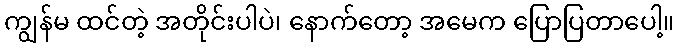
ကျွန်မ ထင်တဲ့ အတိုင်းပါပဲ၊ နောက်တော့ အမေက ပြောပြတာပေါ့။